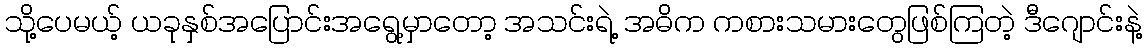
သို့ပေမယ့် ယခုနှစ်အပြောင်းအရွေ့မှာတော့ အသင်းရဲ့ အဓိက ကစားသမားတွေဖြစ်ကြတဲ့ ဒီဂျောင်းနဲ့